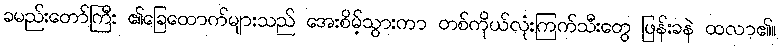
ခမည်းတော်ကြီး ၏ခြေထောက်များသည် အေးစိမ့်သွားကာ တစ်ကိုယ်လုံးကြက်သီးတွေ ဖြန်းခနဲ ထလာ၏။